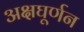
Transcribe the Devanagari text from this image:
अक्षघूर्णन